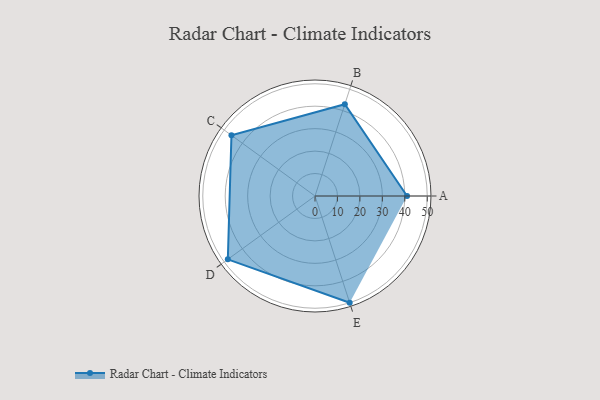
{"axis": {"x": "Skill", "y": "Score"}, "legend": ["Profile"], "data": [{"x": "A", "y": 41.0, "type": "Profile"}, {"x": "B", "y": 43.0, "type": "Profile"}, {"x": "C", "y": 46.0, "type": "Profile"}, {"x": "D", "y": 48.0, "type": "Profile"}, {"x": "E", "y": 50.0, "type": "Profile"}]}